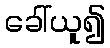
ခေါ်ယူ၍